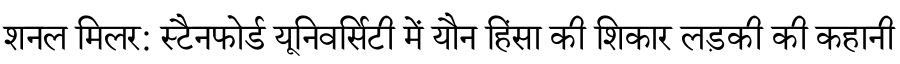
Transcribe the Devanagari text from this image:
शनल मिलर: स्टैनफोर्ड यूनिवर्सिटी में यौन हिंसा की शिकार लड़की की कहानी